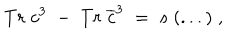
T r \; c ^ { 3 } \; - \; T r \; \overline { { { c } } } ^ { 3 } \; = \; s \; ( . . . ) \; ,